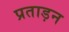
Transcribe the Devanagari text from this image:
प्रताड़न